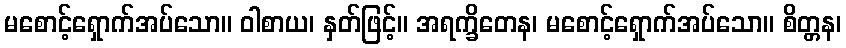
မစောင့်ရှောက်အပ်သော။ ဝါစာယ၊ နှတ်ဖြင့်။ အရက္ခိတေန၊ မစောင့်ရှောက်အပ်သော။ စိတ္တန၊